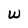
Character: w